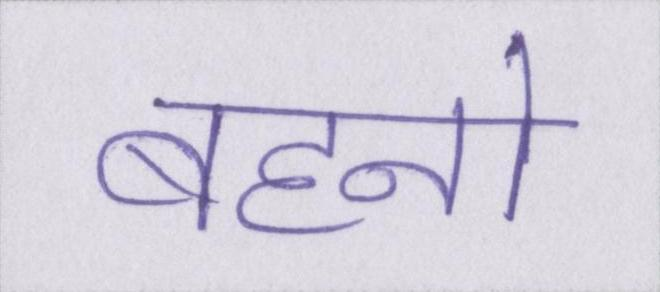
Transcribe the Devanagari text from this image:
बहनो